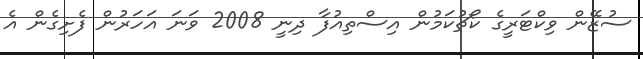
ސުޒޭން ވިކްޓަރީގެ ކޯޗުކަމުން އިސްތިއުފާ ދިނީ 2008 ވަނަ އަހަރުން ފެށިގެން އެ